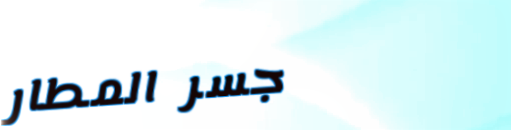
جسر المطار